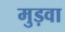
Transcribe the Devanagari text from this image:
मुड़वा